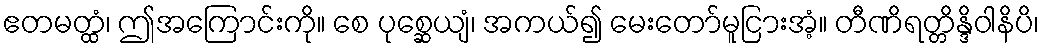
ဧတမတ္ထံ၊ ဤအကြောင်းကို။ စေ ပုစ္ဆေယျံ၊ အကယ်၍ မေးတော်မူငြားအံ့။ တီဏိရတ္တိန္ဒိဝါနိပိ၊